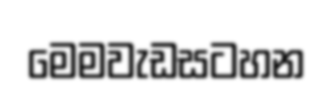
මෙමවැඩසටහන